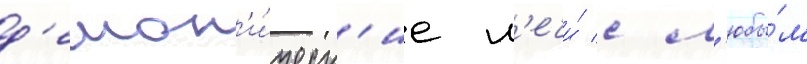
д'емон'и́ческ'ие м'ечи́ с л'юбы́м